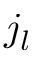
j _ { l }